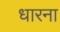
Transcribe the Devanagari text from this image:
धारना